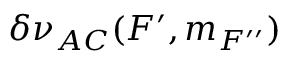
\delta \nu _ { A C } ( F ^ { \prime } , m _ { F ^ { \prime \prime } } )